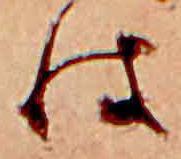
は